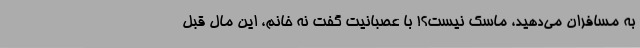
به مسافران می‌دهید، ماسک نیست؟! با عصبانیت گفت نه خانم، این مال قبل